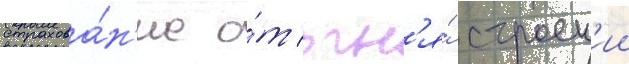
страхова́н'ие о́т огн'я́ строен'ии